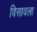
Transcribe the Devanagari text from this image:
विसावला